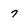
Character: 7